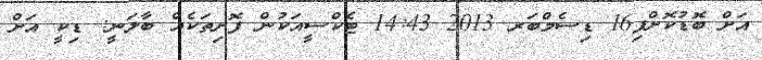
އަށް ބޮޑުކޮށްފި16 ޑިސެމްބަރ 2013 14:43 ޓެކްސީއަކުން ފޮށިތަކެއް ބާލަނީ: ޑިކީ އަށް